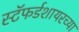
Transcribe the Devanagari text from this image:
स्टॅफर्डशायरच्या